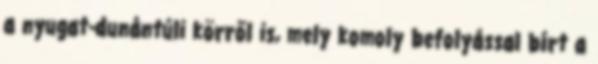
a nyugat-dunántúli körről is, mely komoly befolyással bírt a